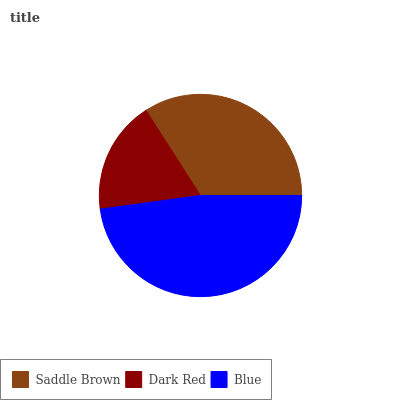
| Saddle Brown | Dark Red | Blue |
 | --- | --- | --- |
 | 34% | 18.1% | 47.9% |